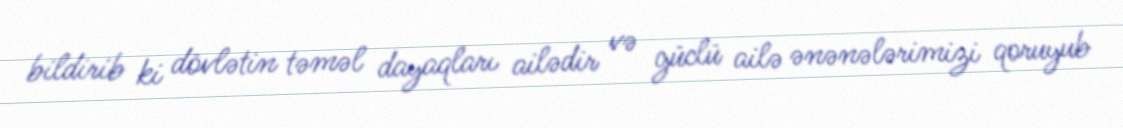
bildirib ki dövlətin təməl dayaqları ailədir və güclü ailə ənənələrimizi qoruyub